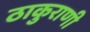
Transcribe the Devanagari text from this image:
ठाकुराणी